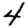
Digit: 4